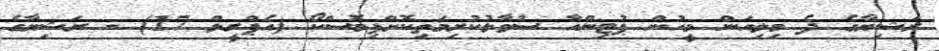
ރަޝިޔާގެ ދެ މިލިއަން މީހުން ޕުޓިންއާ ސުވާލުކުރިމަތިކޮށްފިމޮސްކޯ (އެޕްރީލް 17) - ރަޝިޔާގެ